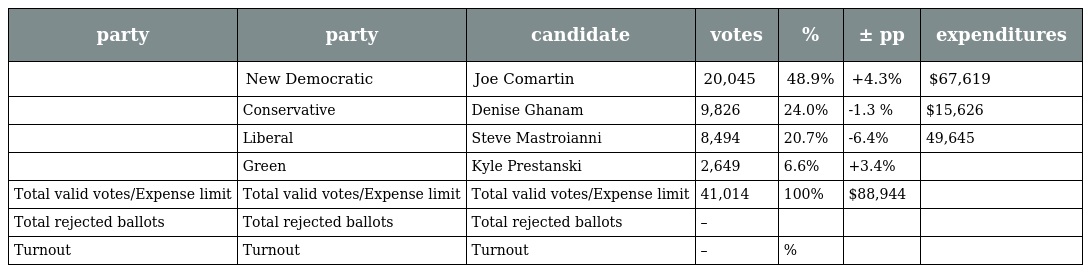
| party | party | candidate | votes | % | ± pp | expenditures |
 | --- | --- | --- | --- | --- | --- | --- |
 |  | New Democratic | Joe Comartin | 20,045 | 48.9% | +4.3% | $67,619 |
 |  | Conservative | Denise Ghanam | 9,826 | 24.0% | -1.3 % | $15,626 |
 |  | Liberal | Steve Mastroianni | 8,494 | 20.7% | -6.4% | 49,645 |
 |  | Green | Kyle Prestanski | 2,649 | 6.6% | +3.4% |  |
 | Total valid votes/Expense limit | Total valid votes/Expense limit | Total valid votes/Expense limit | 41,014 | 100% | $88,944 |  |
 | Total rejected ballots | Total rejected ballots | Total rejected ballots | – |  |  |  |
 | Turnout | Turnout | Turnout | – | % |  |  |